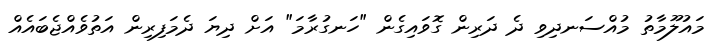
މައުލޫމާތު މުއްސަނދިވި ދެ ދަރިން ގޮވައިގެން "ހަނގުރާމަ" އަށް ދިޔަ ދެމަފިރިން އަތުވެއްޖެބައެއް